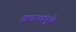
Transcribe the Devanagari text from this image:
झडपांमुळे